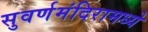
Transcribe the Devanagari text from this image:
सुवर्णमंदिरामध्ये